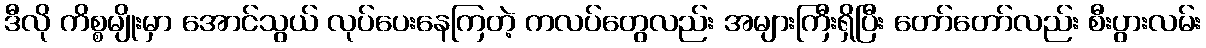
ဒီလို ကိစ္စမျိုးမှာ အောင်သွယ် လုပ်ပေးနေကြတဲ့ ကလပ်တွေလည်း အများကြီးရှိပြီး တော်တော်လည်း စီးပွားလမ်း